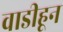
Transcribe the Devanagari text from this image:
वाडीहून